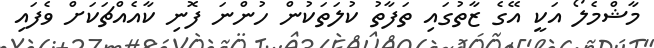
މާޝްމެލޯ އަކީ އޭގެ ޒާތުގައި ތަފާތު ކުލަތަކުން ހުންނަ ފޮނި ކާއެއްޗަކަށް ވެފައި